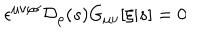
LaTeX: \epsilon ^ { \mu \nu \rho \sigma } { \cal D } _ { \rho } ( s ) G _ { \mu \nu } [ \xi | s ] = 0